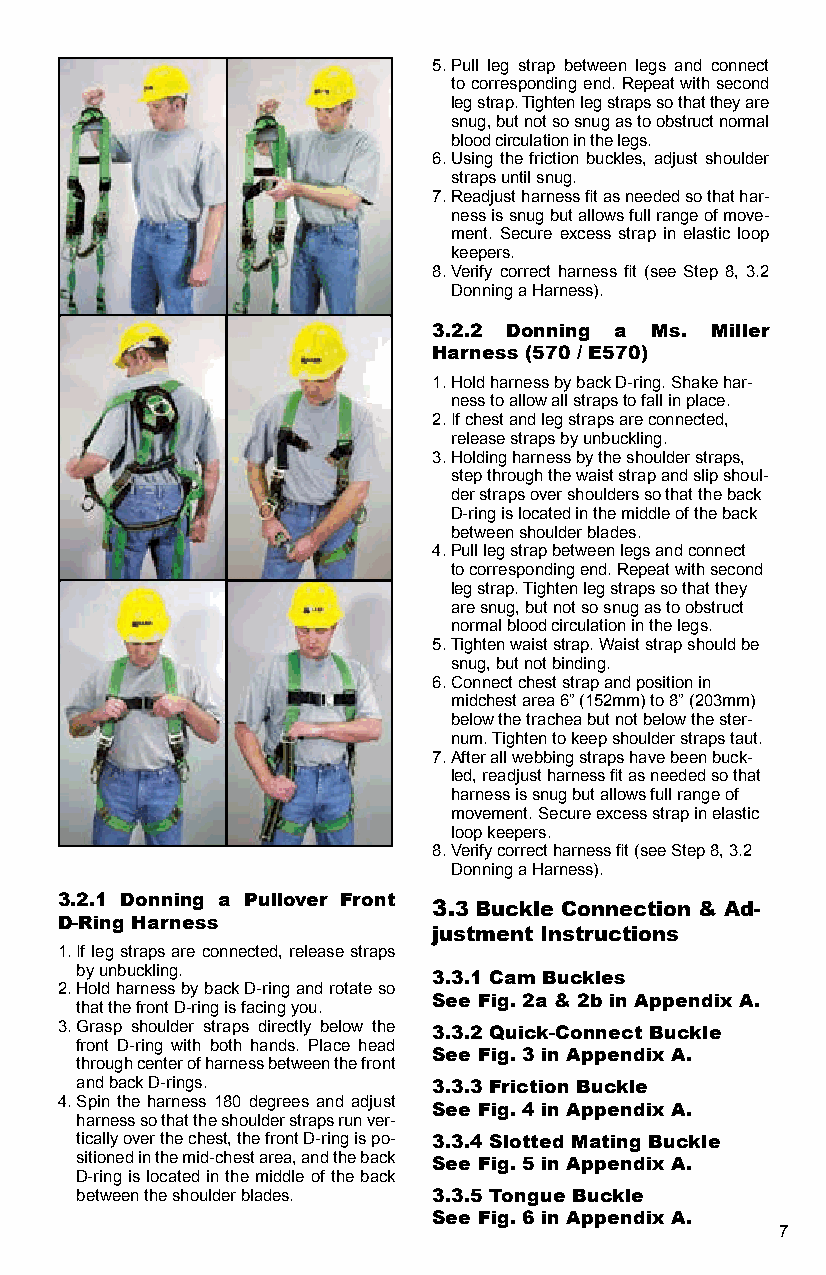
5. Pull leg strap between legs and connect
 to corresponding end. Repeat with second
 leg strap. Tighten leg straps so that they are
 snug, but not so snug as to obstruct normal
 blood circulation in the legs.
 6. Using the friction buckles, adjust shoulder
 straps until snug.
 7. Readjust harness fit as needed so that har-
 ness is snug but allows full range of move-
 ment. Secure excess strap in elastic loop
 keepers.
 8. Verify correct harness fit (see Step 8, 3.2
 Donning a Harness).
 3.2.2 Donning a Ms. Miller
 Harness (570 / E570)
 1. Hold harness by back D-ring. Shake har-
 ness to allow all straps to fall in place.
 2. If chest and leg straps are connected,
 release straps by unbuckling.
 3. Holding harness by the shoulder straps,
 step through the waist strap and slip shoul-
 der straps over shoulders so that the back
 D-ring is located in the middle of the back
 between shoulder blades.
 4. Pull leg strap between legs and connect
 to corresponding end. Repeat with second
 leg strap. Tighten leg straps so that they
 are snug, but not so snug as to obstruct
 normal blood circulation in the legs.
 5. Tighten waist strap. Waist strap should be
 snug, but not binding.
 6. Connect chest strap and position in
 midchest area 6” (152mm) to 8” (203mm)
 below the trachea but not below the ster-
 num. Tighten to keep shoulder straps taut.
 7. After all webbing straps have been buck-
 led, readjust harness fit as needed so that
 harness is snug but allows full range of
 movement. Secure excess strap in elastic
 loop keepers.
 8. Verify correct harness fit (see Step 8, 3.2
 Donning a Harness).
 3.2.1 Donning a Pullover Front
 3.3 Buckle Connection & Ad-
 D-Ring Harness
 justment Instructions
 1. If leg straps are connected, release straps
 by unbuckling.
 3.3.1 Cam Buckles
 2. Hold harness by back D-ring and rotate so
 See Fig. 2a & 2b in Appendix A.
 that the front D-ring is facing you.
 3. Grasp shoulder straps directly below the 3.3.2 Quick-Connect Buckle
 front D-ring with both hands. Place head
 See Fig. 3 in Appendix A.
 through center of harness between the front
 and back D-rings.       3.3.3 Friction Buckle
 4. Spin the harness 180 degrees and adjust
 See Fig. 4 in Appendix A.
 harness so that the shoulder straps run ver-
 tically over the chest, the front D-ring is po- 3.3.4 Slotted Mating Buckle
 sitioned in the mid-chest area, and the back See Fig. 5 in Appendix A.
 D-ring is located in the middle of the back
 between the shoulder blades. 3.3.5 Tongue Buckle
 See Fig. 6 in Appendix A.
 7